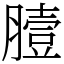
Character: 𦠉